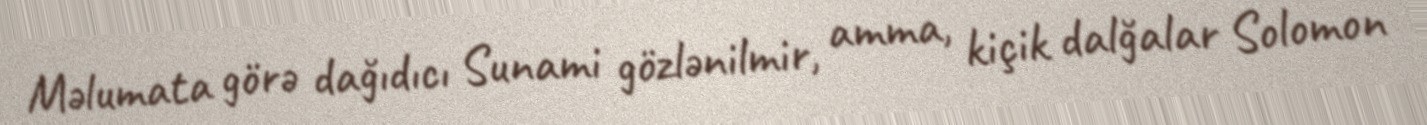
Məlumata görə dağıdıcı Sunami gözlənilmir, amma, kiçik dalğalar Solomon